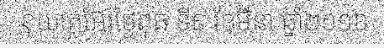
នុយក្លេអ៊ែរថ្ងៃពុធ ទី៩ ខែមីនា ឆ្នាំ២០១៦